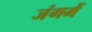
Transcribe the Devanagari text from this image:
जंगमें